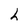
Character: h